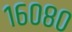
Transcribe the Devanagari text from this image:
१६०८०